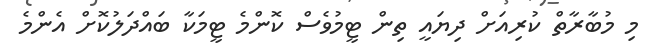
މި މުބާރާތް ކުރިއަށް ދިޔައީ ތިން ޓީމުވެސް ކޮންމެ ޓީމަކާ ބައްދަލުކޮށް އެންމެ